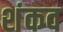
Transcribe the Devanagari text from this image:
शंकव